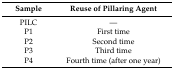
| Sample | Reuse of Pillaring Agent |
 | --- | --- |
 | PILC | --- |
 | P1 | First time |
 | P2 | Second time |
 | P3 | Third time |
 | P4 | Fourth time (after one year) |